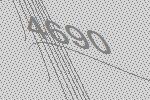
4690